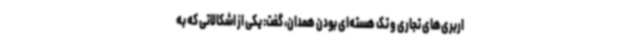
اربری‌های تجاری و تک هسته‌ای بودن همدان، گفت: یکی از اشکالاتی که به